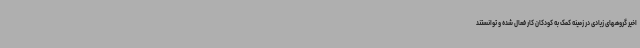
اخیر گروههای زیادی در زمینه کمک به کودکان کار فعال شده و توانستند